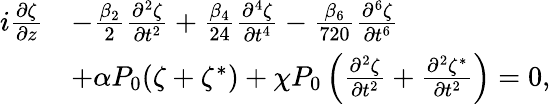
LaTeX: \begin{array}{rl}{i\frac{\partial\zeta}{\partial z}}&{-\frac{\beta_{2}}{2}\frac{\partial^{2}\zeta}{\partial t^{2}}+\frac{\beta_{4}}{24}\frac{\partial^{4}\zeta}{\partial t^{4}}-\frac{\beta_{6}}{720}\frac{\partial^{6}\zeta}{\partial t^{6}}}\\ &{+\alpha P_{0}(\zeta+\zeta^{*})+\chi P_{0}\left(\frac{\partial^{2}\zeta}{\partial t^{2}}+\frac{\partial^{2}\zeta^{*}}{\partial t^{2}}\right)=0,}\end{array}